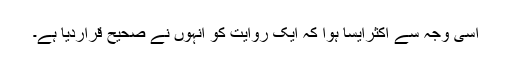
اسی وجہ سے اکثرایسا ہوا کہ ایک روایت کو انہوں نے صحیح قراردیا ہے۔